Leaving Certificate Examination, 1918
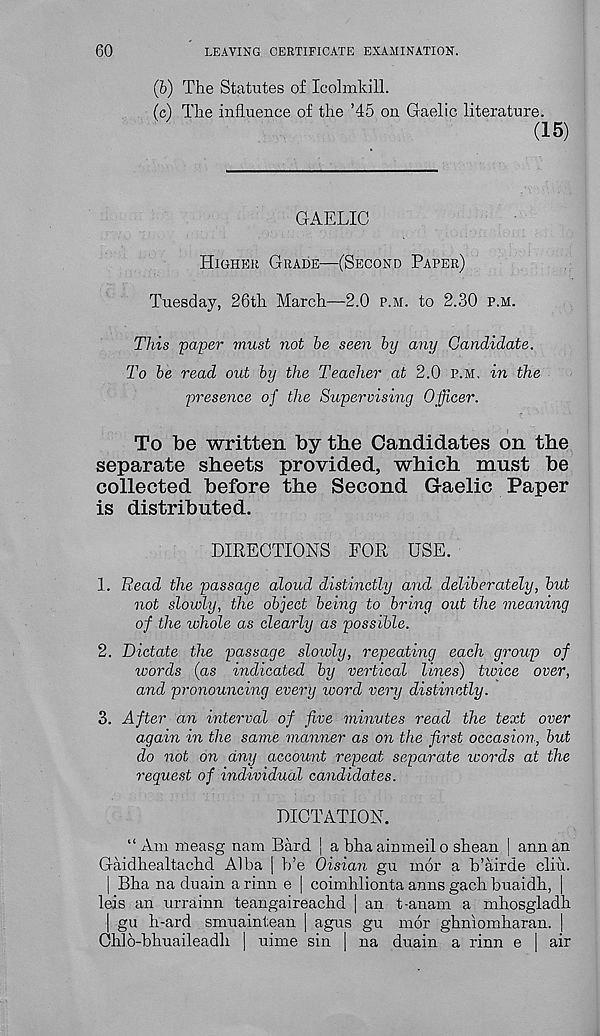
60
LEAVING CERTIFICATE EXAMINATION.
(b) The Statutes of Icolmkill.
(c) The influence of the ’45 on Gaelic literature.
(15)
GAELIC
Higher Grade—(Second Paper)
Tuesday, 26th March—2.0 p.m. to 2.30 p.m.
This paper must not be seen by any Candidate.
To be read out by the Teacher at 2.0 p.m. in the
presence of the Supervising Officer.
To be written by the Candidates on the
separate sheets provided, which must be
collected before the Second Gaelic Paper
is distributed.
DIRECTIONS FOR USE.
1. Read the passage aloud distinctly and deliberately, but
not slowly, the object being to bring out the meaning
of the whole as clearly as possible.
2. Dictate the passage slowly, repeating each group of
ivords (as indicated by vertical lines) twice over,
and pronouncing every word very distinctly.
3. After an interval of five minutes read the text over
again in the same manner as on the first occasion, but
do not on any account repeat separate ivords at the
request of individual candidates.
DICTATION.
“Am measg nam Bard | abhaaimneilo shean | annan
Gaidhealtachd Alba | b’e Oisian gu inor a b’airde cliu.
| Bha na duain arinn e | coimhlionta anns gach buaidh, |
leis an urrainn teangaireachd | an t-anam a mhosgladh
1 gu li-ard smuaintean | agus gu mor ghniomharan. |
Chlo-bhuaileadh | uime sin | na duain a rinn e | air